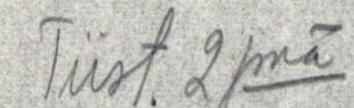
Tiist. 2 pnä